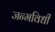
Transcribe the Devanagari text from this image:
जन्मविधी